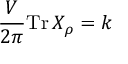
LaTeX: \frac { V } { 2 \pi } \mathrm { T r } \, X _ { \rho } = k